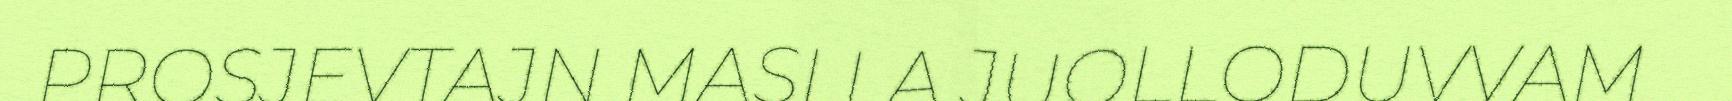
PROSJEVTAJN MASI LA JUOLLODUVVAM